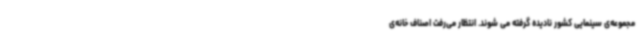
مجموعه‌ی سینمایی کشور نادیده گرفته می شوند. انتظار می‌رفت اصناف خانه‌ی